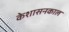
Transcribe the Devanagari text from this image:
केशासनकाल